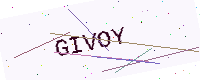
Text: GIVOY